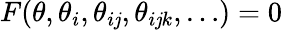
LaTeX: F(\theta,\theta_{i},\theta_{i\mathit{j}},\theta_{i\mathit{j}k},\dots)=0